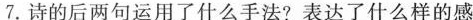
7.诗的后两句运用了什么手法?表达了什么样的感